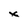
Character: x